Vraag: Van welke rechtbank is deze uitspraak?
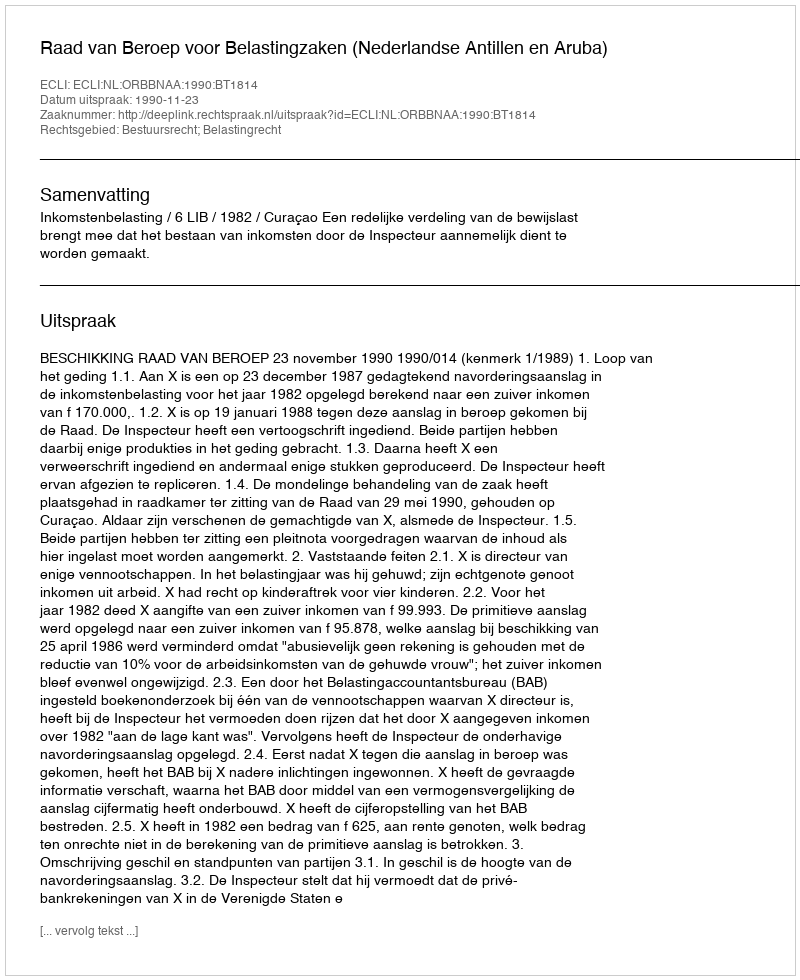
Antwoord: Raad van Beroep voor Belastingzaken (Nederlandse Antillen en Aruba)